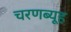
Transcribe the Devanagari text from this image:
चरणब्यूह